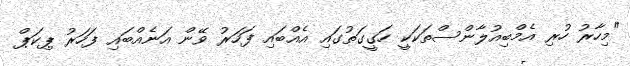
"މިހާރު ހުރި އެމްބިއުލާންސްތަކަކީ ހަގީގަތުގައި އެއްބައި ފަހަރު ވޭން އަނެއްބައި ފަހަރު ޕިކަޕް